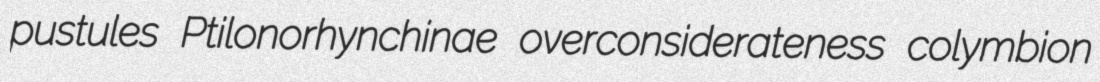
pustules Ptilonorhynchinae overconsiderateness colymbion